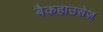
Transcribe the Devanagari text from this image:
बैकहाउसेज़